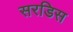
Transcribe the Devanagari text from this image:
सरडिस